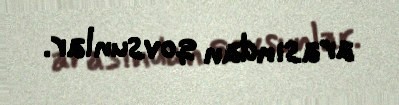
arasından qovsunlar.